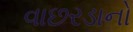
વાછરડાનો